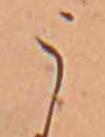
う